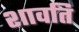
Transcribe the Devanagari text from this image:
शावति